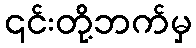
၎င်းတို့ဘက်မှ